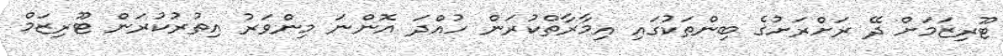
ޓޫރިޒަމަށް ދޭ ރަށްރަށުގެ ބިންތަކުގައި އިމާރާތްކުރަން ހުއްދަ އޮންނަ މިންވަރު އިތުރުކުރަން ޓޫރިޒަމް